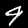
Label: 9